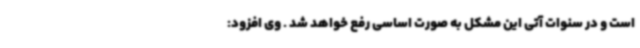
است و در سنوات آتی این مشکل به صورت اساسی رفع خواهد شد . وی افزود: